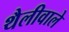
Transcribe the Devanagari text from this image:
थैलीवाले